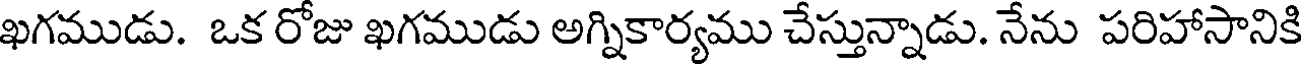
ఖగముడు. ఒక రోజు ఖగముడు అగ్నికార్యము చేస్తున్నాడు. నేను పరిహాసానికి